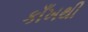
કાઁખથી